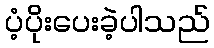
ပံ့ပိုးပေးခဲ့ပါသည်